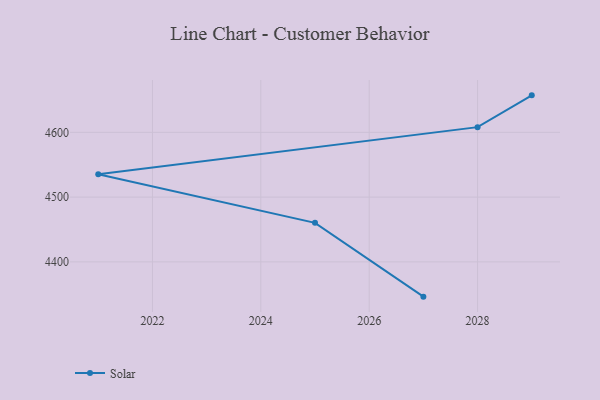
{"axis": {"x": "Year", "y": "Customer Acquisition Cost (USD)"}, "legend": ["Solar"], "data": [{"x": "2027", "y": 4346.3, "type": "Solar"}, {"x": "2025", "y": 4460.3, "type": "Solar"}, {"x": "2021", "y": 4535.4, "type": "Solar"}, {"x": "2028", "y": 4608.0, "type": "Solar"}, {"x": "2029", "y": 4657.1, "type": "Solar"}]}